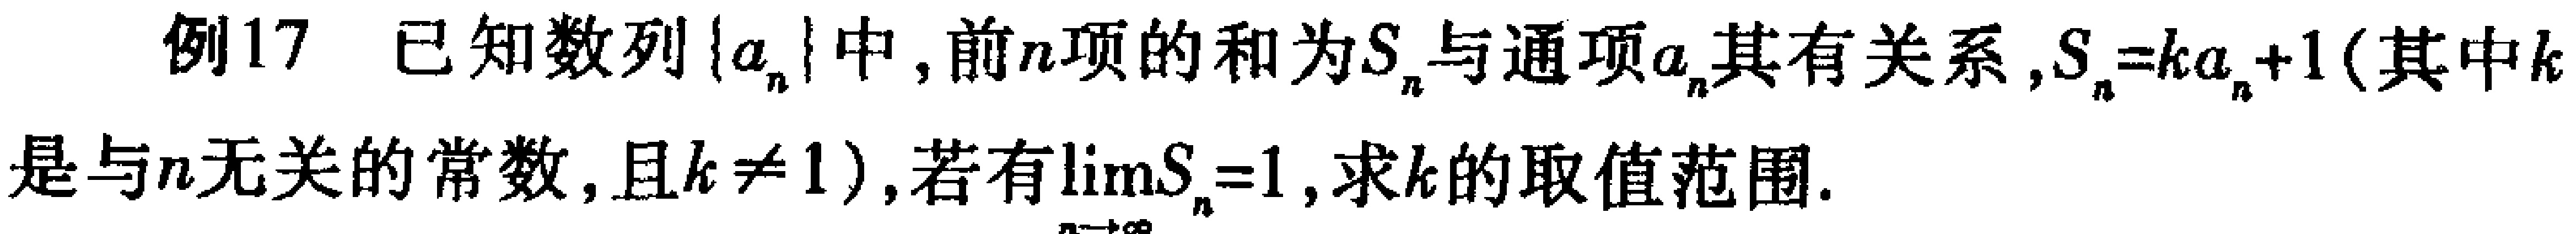
例17 已知数列\(\{a_{n}\}\)中, 前\(n\)项的和为\(S_{n}\)与通项\(a_{n}\)其有关系,\(S_{n}=ka_{n}+1\)(其中\(k\)是与\(n\)无关的常数, 且\(k\neq1\)), 若有\(\lim\limits_{n\rightarrow\infty}S_{n}=1\), 求\(k\)的取值范围.